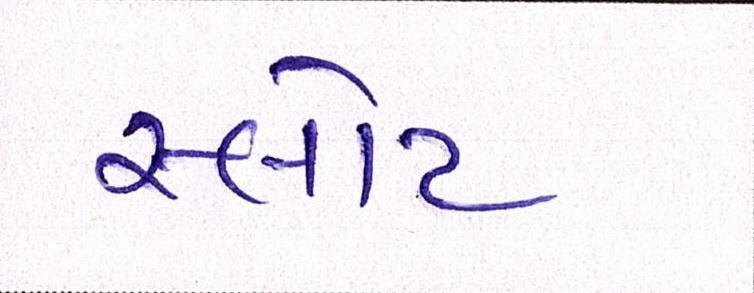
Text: સ્લોટ